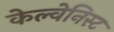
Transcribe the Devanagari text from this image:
केल्वेनिस्ट